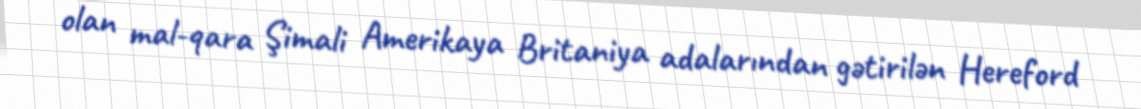
olan mal-qara Şimali Amerikaya Britaniya adalarından gətirilən Hereford